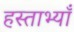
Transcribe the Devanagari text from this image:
हस्ताभ्याँ